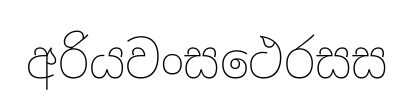
අරියවංසථෙරසස